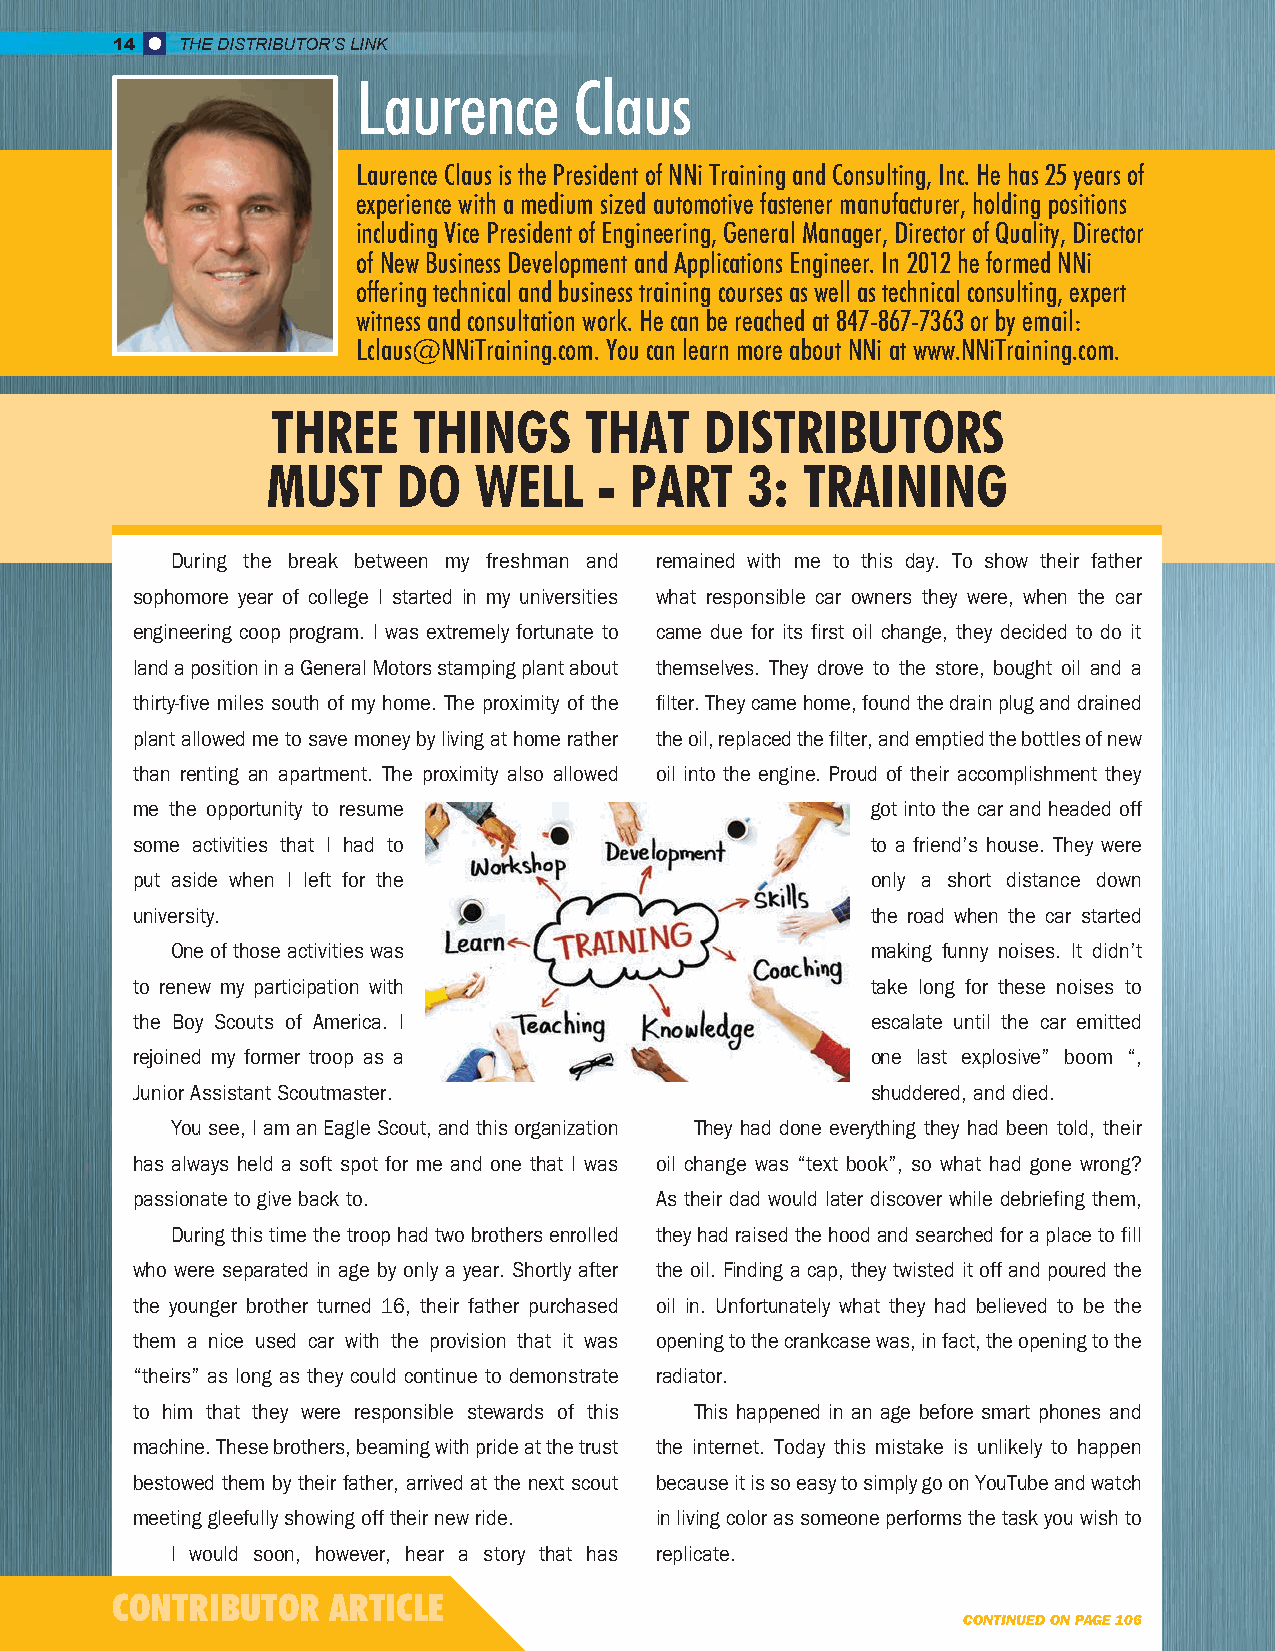
14   THE DISTRIBUTOR’S LINK
 Laurence      Claus
 Laurence Claus is the President of NNi Training and Consulting, Inc. He has 25 years of
 experience with a medium sized automotive fastener manufacturer, holding positions
 including Vice President of Engineering, General Manager, Director of Quality, Director
 of New Business Development and Applications Engineer. In 2012 he formed NNi
 offering technical and business training courses as well as technical consulting, expert
 witness and consultation work. He can be reached at 847-867-7363 or by email:
 Lclaus@NNiTraining.com. You can learn more about NNi at www.NNiTraining.com.
 THREE    THINGS      THAT    DISTRIBUTORS
 MUST    DO   WELL     - PART   3:  TRAINING
 During the break between my freshman and remained with me to this day. To show their father
 sophomore year of college I started in my universities what responsible car owners they were, when the car
 engineering coop program. I was extremely fortunate to came due for its first oil change, they decided to do it
 land a position in a General Motors stamping plant about themselves. They drove to the store, bought oil and a
 thirty-five miles south of my home. The proximity of the filter. They came home, found the drain plug and drained
 plant allowed me to save money by living at home rather the oil, replaced the filter, and emptied the bottles of new
 than renting an apartment. The proximity also allowed oil into the engine. Proud of their accomplishment they
 me the opportunity to resume                     got into the car and headed off
 some activities that I had to                    to a friend’s house. They were
 put aside when I left for the                    only a short distance down
 university.                                      the road when the car started
 One of those activities was                    making funny noises. It didn’t
 to renew my participation with                   take long for these noises to
 the Boy Scouts of America. I                     escalate until the car emitted
 rejoined my former troop as a                    one last explosive” boom “,
 Junior Assistant Scoutmaster.                    shuddered, and died.
 You see, I am an Eagle Scout, and this organization They had done everything they had been told, their
 has always held a soft spot for me and one that I was oil change was “text book”, so what had gone wrong?
 passionate to give back to.       As their dad would later discover while debriefing them,
 During this time the troop had two brothers enrolled they had raised the hood and searched for a place to fill
 who were separated in age by only a year. Shortly after the oil. Finding a cap, they twisted it off and poured the
 the younger brother turned 16, their father purchased oil in. Unfortunately what they had believed to be the
 them a nice used car with the provision that it was opening to the crankcase was, in fact, the opening to the
 “theirs” as long as they could continue to demonstrate radiator.
 to him that they were responsible stewards of this This happened in an age before smart phones and
 machine. These brothers, beaming with pride at the trust the internet. Today this mistake is unlikely to happen
 bestowed them by their father, arrived at the next scout because it is so easy to simply go on YouTube and watch
 meeting gleefully showing off their new ride. in living color as someone performs the task you wish to
 I would soon, however, hear a story that has replicate.
 CONTRIBUTOR    ARTICLE
 CONTINUED ON PAGE 106